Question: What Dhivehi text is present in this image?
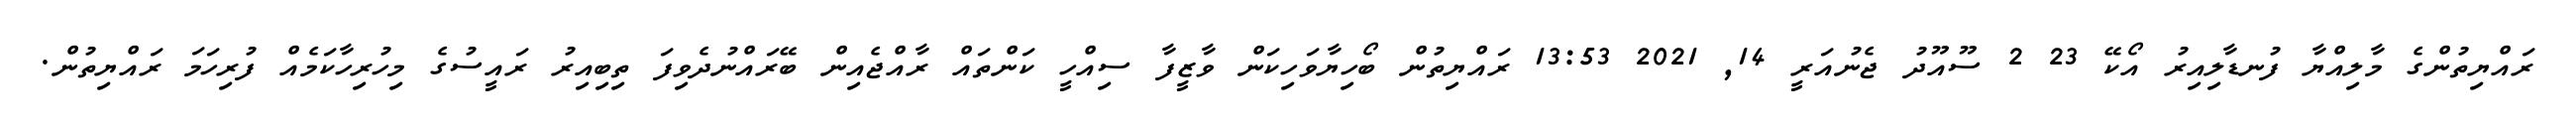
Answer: ރައްޔިތުންގެ މާލިއްޔާ ފުނޑާލިއިރު އޯކޭ 23 2 ސޫއޫދު ޖެނުއަރީ 14, 2021 13:53 ރައްޔިތުން ބޯހިޔާވަހިކަން ވާޒީފާ ސިއްހީ ކަންތައް ރާއްޖެއިން ބޭރައްނުދެވިފަ ތިބިއިރު ރައީސުގެ މިހުރިހާކަމެއް ފުރިހަމަ ރައްޔިތުން.